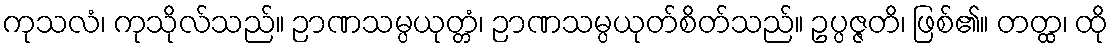
ကုသလံ၊ ကုသိုလ်သည်။ ဉာဏသမ္ပယုတ္တံ၊ ဉာဏသမ္ပယုတ်စိတ်သည်။ ဥပ္ပဇ္ဇတိ၊ ဖြစ်၏။ တတ္ထ၊ ထို